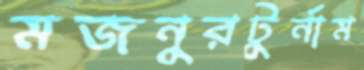
মজনুরটুর্নাম